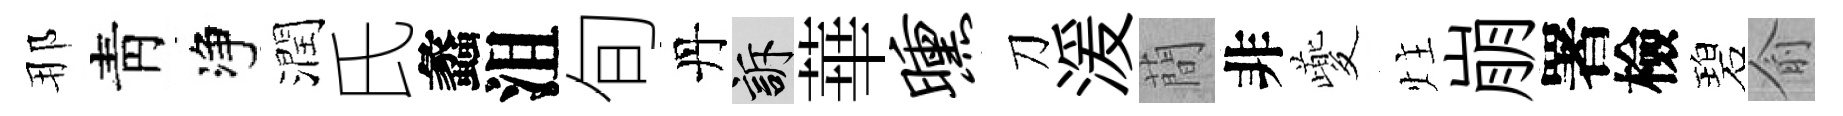
那靑净潤氏蠡沮旬丹訴華曛刀湲蕳非夔炷崩署檢碧俞